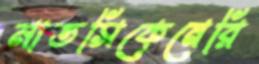
মাতসিকেনেরি